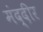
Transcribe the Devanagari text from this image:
मंद्दीर